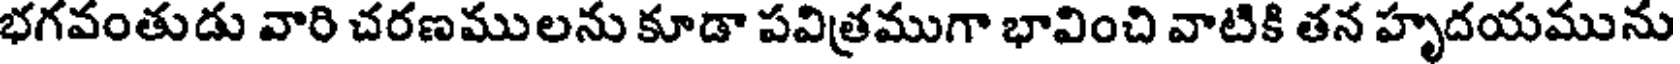
భగవంతుడు వారి చరణములను కూడా పవిత్రముగా భావించి వాటికి తన హృదయమును